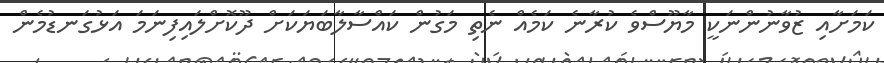
ކަމަށާއި ޒުވާނުންނަކީ މާޔޫސްވެ ކުރާނެ ކަމެއް ނެތި މަގުން ކައްސާލާބަޔަކަށް ދޫކޮށްލައިފިނަމަ އަޅުގަނޑުމެން